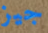
جيز